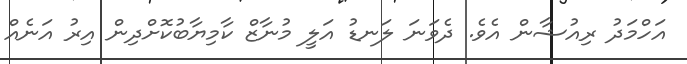
އަހްމަދު ރިއުޝާން އެވެ. ދެވަނަ ލަނޑު އަލީ މުނާޒް ކާމިޔާބުކޮށްދިން އިރު އަނެއް